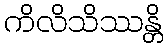
ကိလိသိဿန္တိ